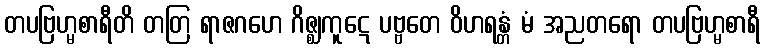
တပဗြဟ္မစာရီတိ တတြ ရာဇဂဟေ ဂိဇ္ဈကူဋေ ပဗ္ဗတေ ဝိဟရန္တံ မံ အညတရော တပဗြဟ္မစာရီ